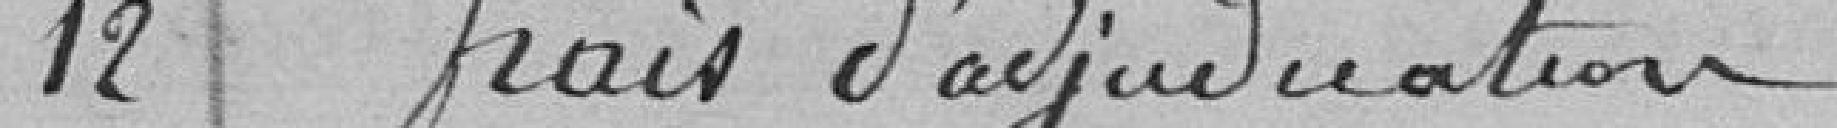
12 Frais d'adjudication